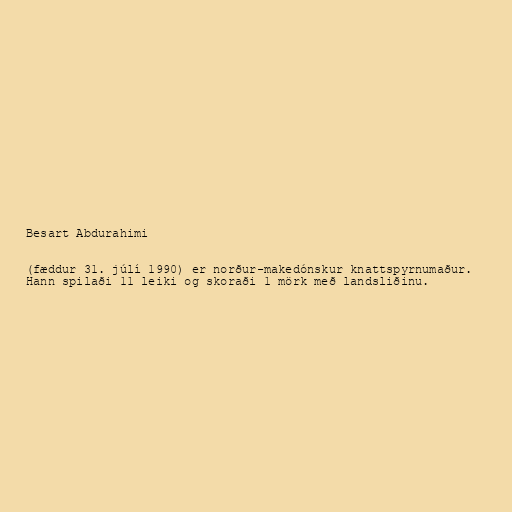
Besart Abdurahimi

(fæddur 31. júlí 1990) er norður-makedónskur knattspyrnumaður.
Hann spilaði 11 leiki og skoraði 1 mörk með landsliðinu.